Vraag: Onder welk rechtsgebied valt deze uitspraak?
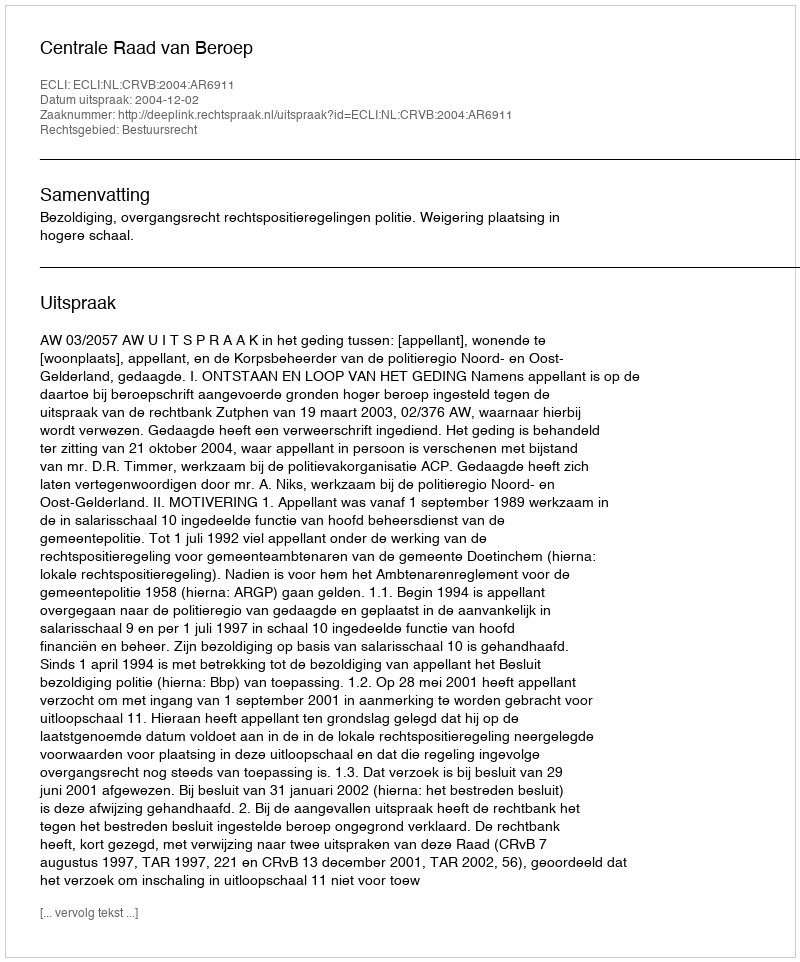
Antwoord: Bestuursrecht